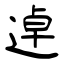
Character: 逴